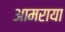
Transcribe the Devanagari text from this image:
आमराया